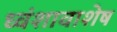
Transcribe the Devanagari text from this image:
ध्वंशावाशेष